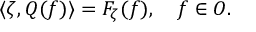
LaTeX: \langle \zeta , Q ( f ) \rangle = F _ { \zeta } ( f ) , \quad f \in { \cal O } .